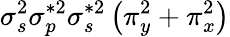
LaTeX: \sigma_{s}^{2}\sigma_{p}^{*2}\sigma_{s}^{*2}\left(\pi_{y}^{2}+\pi_{x}^{2}\right)